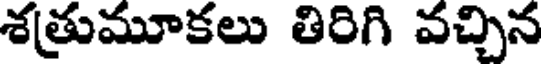
శత్రుమూకలు తిరిగి వచ్చిన